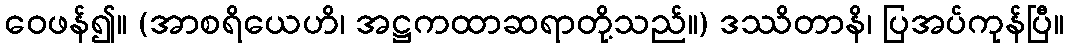
ဝေဖန်၍။ (အာစရိယေဟိ၊ အဋ္ဌကထာဆရာတို့သည်။) ဒဿိတာနိ၊ ပြအပ်ကုန်ပြီ။